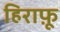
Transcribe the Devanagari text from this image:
हिराफ़ू